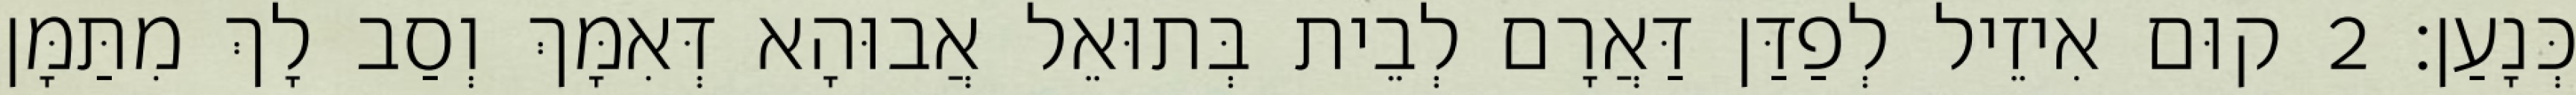
כְּנָעַן׃ 2 קוּם אִיזֵיל לְפַדַּן דַּאֲרָם לְבֵית בְּתוּאֵל אֲבוּהָא דְּאִמָּךְ וְסַב לָךְ מִתַּמָּן